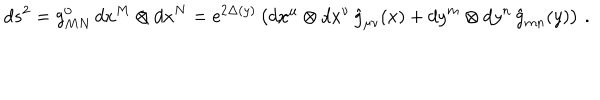
d s ^ { 2 } = g _ { M N } ^ { 0 } \, d x ^ { M } \otimes d x ^ { N } = \mathrm { e } ^ { 2 \Delta ( y ) } \left( d x ^ { \mu } \otimes d x ^ { \nu } \, \hat { g } _ { \mu \nu } ( x ) + d y ^ { m } \otimes d y ^ { n } \, \hat { g } _ { m n } ( y ) \right) \, .